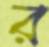
র